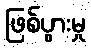
ဖြစ်ပွားမှု